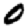
Digit: 0